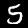
Label: 5